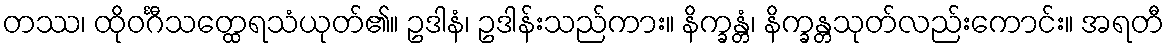
တဿ၊ ထိုဝင်္ဂီသတ္ထေရသံယုတ်၏။ ဥဒါနံ၊ ဥဒါန်းသည်ကား။ နိက္ခန္တံ၊ နိက္ခန္တသုတ်လည်းကောင်း။ အရတီ